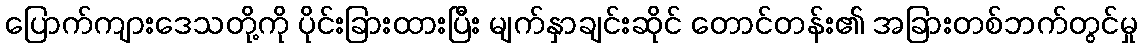
ပြောက်ကျားဒေသတို့ကို ပိုင်းခြားထားပြီး မျက်နှာချင်းဆိုင် တောင်တန်း၏ အခြားတစ်ဘက်တွင်မှု